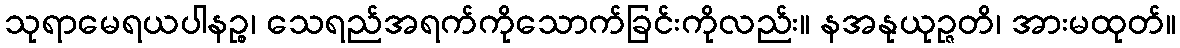
သုရာမေရယပါနဉ္စ၊ သေရည်အရက်ကိုသောက်ခြင်းကိုလည်း။ နအနုယုဉ္ဇတိ၊ အားမထုတ်။